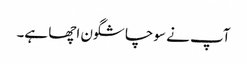
آپ نے سوچا شگون اچھا ہے۔